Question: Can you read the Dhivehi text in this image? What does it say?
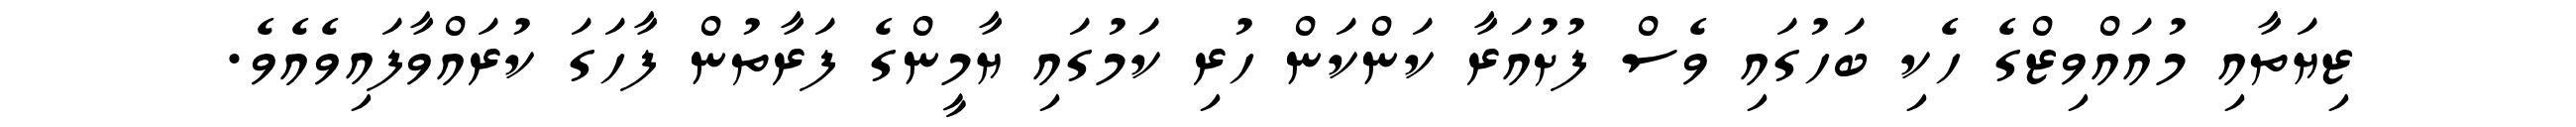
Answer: ޒިޔަތާއި މުއައްވިޒްގެ ހެކި ބަހުގައި ވެސް ފުށުއަރާ ކަންކަން ހުރި ކަމުގައި ޔާމީންގެ ފަރާތުން ފާހަގަ ކުރައްވާފައިވެއެވެ.